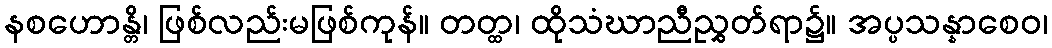
နစဟောန္တိ၊ ဖြစ်လည်းမဖြစ်ကုန်။ တတ္ထ၊ ထိုသံဃာညီညွှတ်ရာ၌။ အပ္ပသန္နာစေဝ၊